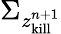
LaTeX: \Sigma_{z_{\mathrm{kill}}^{n+1}}